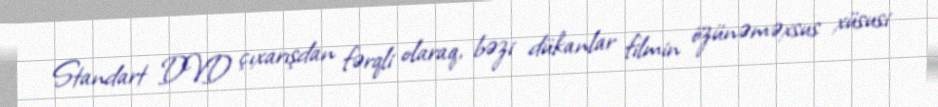
Standart DVD çıxarışdan fərqli olaraq, bəzi dükanlar filmin özünəməxsus xüsusi